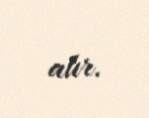
alır.